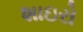
શાઇરો